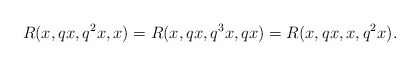
\begin{align*} R(x, qx,q^{2}x,x)=R(x,qx,q^{3}x,qx)=R(x,qx,x,q^{2}x). \end{align*}